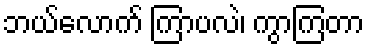
ဘယ်လောက် ကြာပလဲ၊ ကွာကြတာ